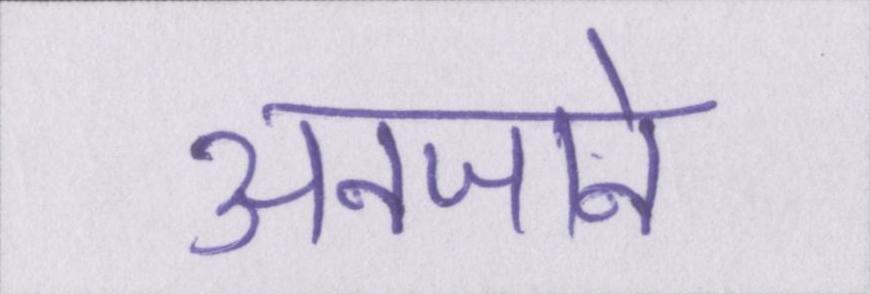
अनजाने